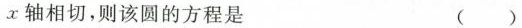
x轴相切，则该圆的方程是 ( )